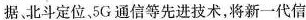
据、北斗定位，5G通信等先进技术，将新一代信